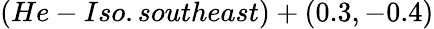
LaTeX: (He-Iso.southeast)+(0.3,-0.4)